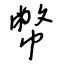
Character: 幣